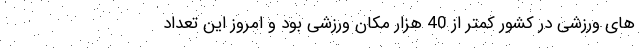
های ورزشی در کشور کمتر از 40 هزار مکان ورزشی بود و امروز این تعداد